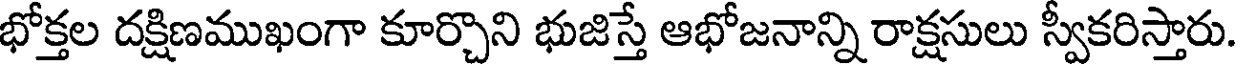
భోక్తల దక్షిణముఖంగా కూర్చొని భుజిస్తే ఆభోజనాన్ని రాక్షసులు స్వీకరిస్తారు.